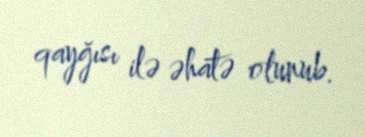
qayğısı ilə əhatə olunub.